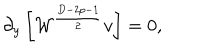
\partial _ { y } \left[ { \cal W } ^ { \frac { D - 2 p - 1 } { 2 } } v \right] = 0 ,